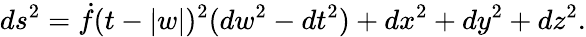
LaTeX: ds^{2}=\dot{f}(t-|w|)^{2}(dw^{2}-dt^{2})+dx^{2}+dy^{2}+dz^{2}.